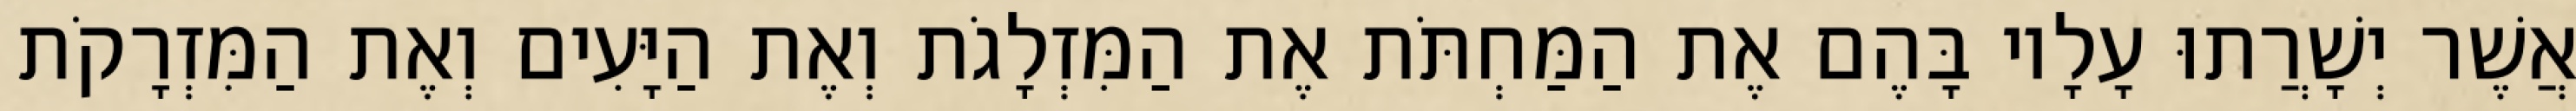
אֲשֶׁר יְשָׁרֲתוּ עָלָיו בָּהֶם אֶת הַמַּחְתֹּת אֶת הַמִּזְלָגֹת וְאֶת הַיָּעִים וְאֶת הַמִּזְרָקֹת